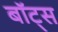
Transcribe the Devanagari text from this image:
बॉट्स